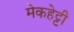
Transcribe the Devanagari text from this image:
मेकहेट्टी